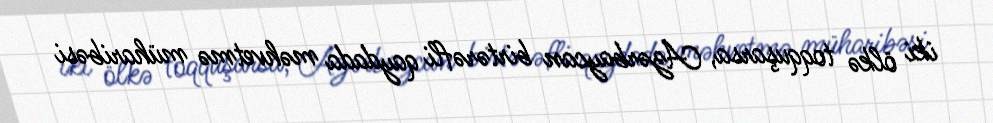
iki ölkə toqquşarsa, Azərbaycan birtərəfli qaydada məhvetmə müharibəsi